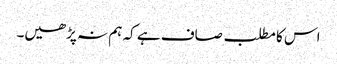
اس کا مطلب صاف ہے کہ ہم نہ پڑھیں۔